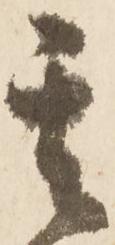
其